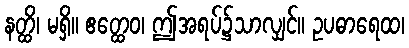
နတ္ထိ၊ မရှိ။ ဧတ္ထေဝ၊ ဤအရပ်၌သာလျှင်။ ဥပဓာရေထ၊